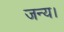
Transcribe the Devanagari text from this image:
जन्य।